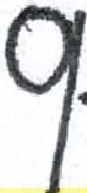
אות: ס